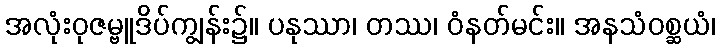
အလုံးဝုဇမ္ဗူဒိပ်ကျွန်း၌။ ပနုဿာ၊ တဿ၊ ဝံနတ်မင်း။ အနသံဝစ္ဆယံ၊